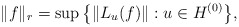
\begin{gather*}\|f\|_r=\sup\big\{\|L_u(f)\|: u\in H^{(0)}\big\},\end{gather*}